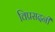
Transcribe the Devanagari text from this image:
विप्रसदनी